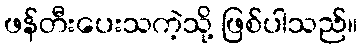
ဖန်တီးပေးသကဲ့သို့ ဖြစ်ပါသည်။